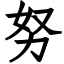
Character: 努